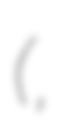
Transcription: (壬生城,